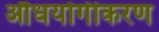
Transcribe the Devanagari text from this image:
औधयोगीकरण